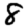
Digit: 8